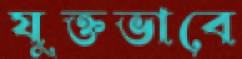
যুক্তভাবে